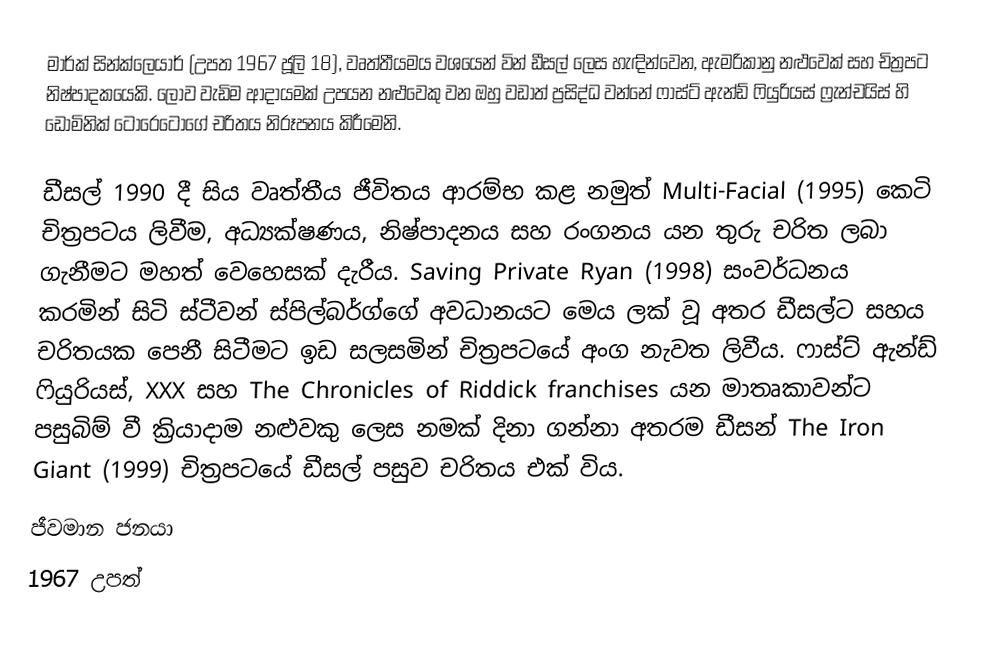
මාර්ක් සින්ක්ලෙයාර් (උපත 1967 ජූලි 18), වෘත්තීයමය වශයෙන් වින් ඩීසල් ලෙස හැඳින්වෙන, ඇමරිකානු නළුවෙක් සහ චිත්‍රපට නිෂ්පාදකයෙකි. ලොව වැඩිම ආදායමක් උපයන නළුවෙකු වන ඔහු වඩාත් ප්‍රසිද්ධ වන්නේ ෆාස්ට් ඇන්ඩ් ෆියුරියස් ෆ්‍රැන්චයිස් හි ඩොමිනික් ටොරෙටෝගේ චරිතය නිරූපනය කිරීමෙනි.

ඩීසල් 1990 දී සිය වෘත්තීය ජීවිතය ආරම්භ කළ නමුත් Multi-Facial (1995) කෙටි චිත්‍රපටය ලිවීම, අධ්‍යක්ෂණය, නිෂ්පාදනය සහ රංගනය යන තුරු චරිත ලබා ගැනීමට මහත් වෙහෙසක් දැරීය. Saving Private Ryan (1998) සංවර්ධනය කරමින් සිටි ස්ටීවන් ස්පිල්බර්ග්ගේ අවධානයට මෙය ලක් වූ අතර ඩීසල්ට සහය චරිතයක පෙනී සිටීමට ඉඩ සලසමින් චිත්‍රපටයේ අංග නැවත ලිවීය. ෆාස්ට් ඇන්ඩ් ෆියුරියස්, XXX සහ The Chronicles of Riddick franchises යන මාතෘකාවන්ට පසුබිම් වී ක්‍රියාදාම නළුවකු ලෙස නමක් දිනා ගන්නා අතරම ඩීසන් The Iron Giant (1999) චිත්‍රපටයේ ඩීසල් පසුව චරිතය එක් විය.
ජීවමාන ජනයා
1967 උපත්